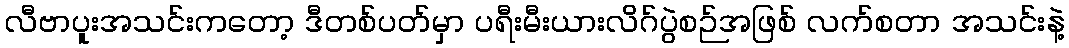
လီဗာပူးအသင်းကတော့ ဒီတစ်ပတ်မှာ ပရီးမီးယားလိဂ်ပွဲစဉ်အဖြစ် လက်စတာ အသင်းနဲ့